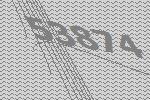
53874